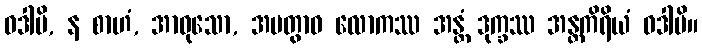
ဝဒါမိ, န စာဟံ, အာဝုသော, အပတွာဝ လောကဿ အန္တံ ဒုက္ခဿ အန္တကိရိယံ ဝဒါမိ။